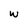
Character: w